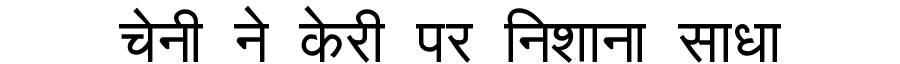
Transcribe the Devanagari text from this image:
चेनी ने केरी पर निशाना साधा